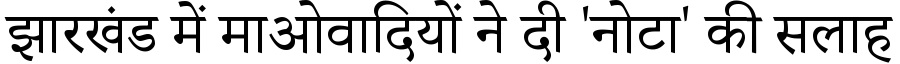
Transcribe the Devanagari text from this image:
झारखंड में माओवादियों ने दी 'नोटा' की सलाह